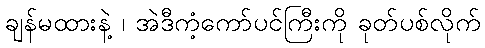
ချန်မထားနဲ့ ၊ အဲဒီကံ့ကော်ပင်ကြီးကို ခုတ်ပစ်လိုက်